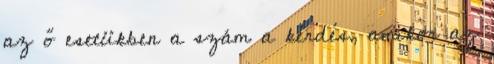
az ő esetükben a szám a kérdés, amikor az